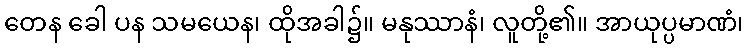
တေန ခေါ ပန သမယေန၊ ထိုအခါ၌။ မနုဿာနံ၊ လူတို့၏။ အာယုပ္ပမာဏံ၊